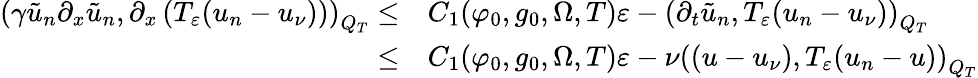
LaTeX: \begin{array}{rl}{\left(\gamma\tilde{u}_{n}\partial_{x}\tilde{u}_{n},\partial_{x}\left(T_{\varepsilon}(u_{n}-u_{\nu})\right)\right)_{Q_{T}}\leq}&{{}C_{1}(\varphi_{0},g_{0},\Omega,T)\varepsilon-\left(\partial_{t}\tilde{u}_{n},T_{\varepsilon}(u_{n}-u_{\nu})\right)_{Q_{T}}}\\ {\leq}&{{}C_{1}(\varphi_{0},g_{0},\Omega,T)\varepsilon-\nu\left(\left(u-u_{\nu}\right),T_{\varepsilon}(u_{n}-u)\right)_{Q_{T}}}\end{array}